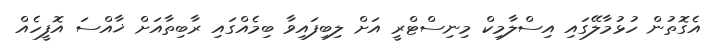
އެގޮތުން ހުޅުމާލޭގައި އިސްލާމިކް މިނިސްޓްރީ އަށް ލިބިފައިވާ ބިމެއްގައި ރާބިތާއަށް ޚާއްސަ އޮފީހެއް